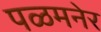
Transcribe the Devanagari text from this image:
पळमनेर